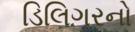
ડિલિગરનો